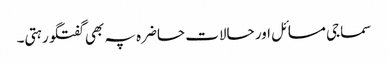
سماجی مسائل اور حالات حاضرہ پہ بھی گفتگو رہتی۔